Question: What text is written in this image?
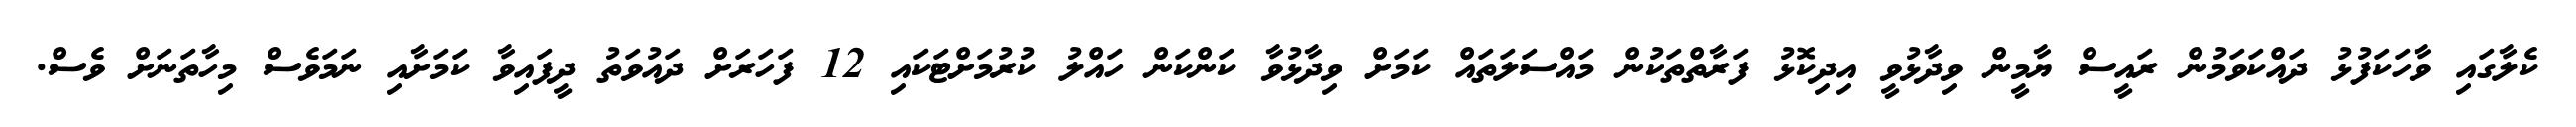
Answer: ކެލާގައި ވާހަކަފުޅު ދައްކަވަމުން ރައީސް ޔާމީން ވިދާޅުވީ އިދިކޮޅު ފަރާތްތަކުން މައްސަލަތައް ކަމަށް ވިދާޅުވާ ކަންކަން ހައްލު ކުރުމަށްޓަކައި 12 ފަހަރަށް ދައުވަތު ދީފައިވާ ކަމަށާއި ނަމަވެސް މިހާތަނަށް ވެސް.